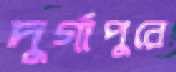
দুর্গাপুরে